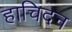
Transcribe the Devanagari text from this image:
हाचिदन